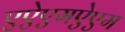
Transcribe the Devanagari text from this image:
एऐएमऐएम